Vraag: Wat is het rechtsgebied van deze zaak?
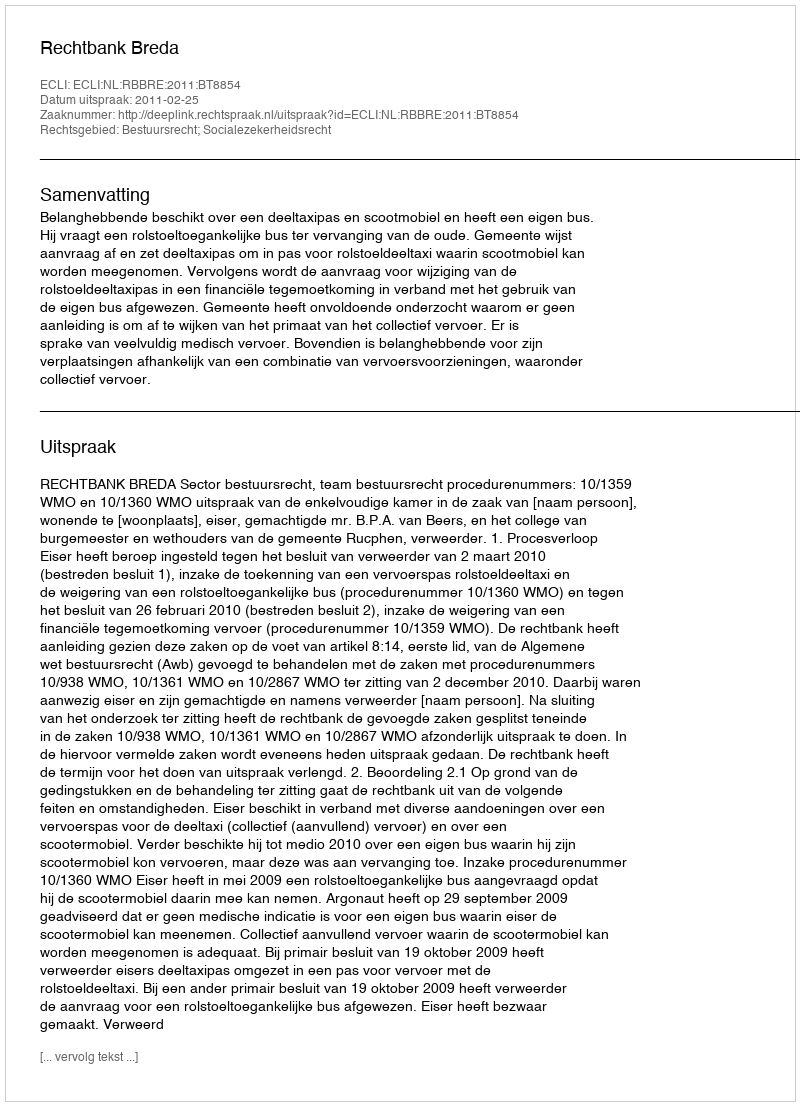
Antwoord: Bestuursrecht; Socialezekerheidsrecht